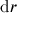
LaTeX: { \mathrm { d } } r